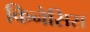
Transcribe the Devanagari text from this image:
किनेसिस